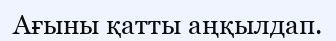
Ағыны қатты аңқылдап.